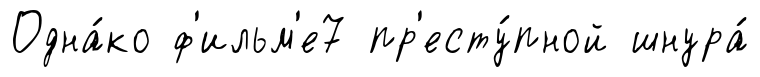
Одна́ко ф'ильм'е7 пр'есту́пной шнура́